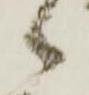
々